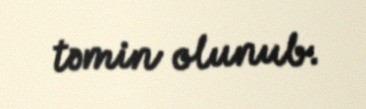
təmin olunub.